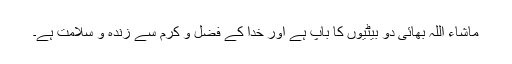
ماشاء اللہ بھائی دو بیٹیوں کا باپ ہے اور خدا کے فضل و کرم سے زندہ و سلامت ہے۔